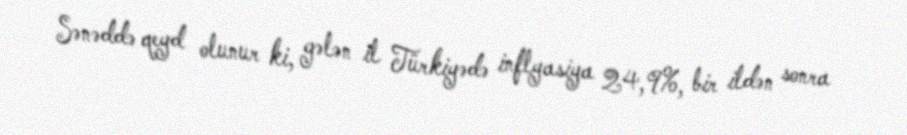
Sənəddə qeyd olunur ki, gələn il Türkiyədə inflyasiya 24,9%, bir ildən sonra